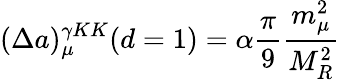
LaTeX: (\Delta a)_{\mu}^{\gamma KK}(d=1)=\alpha\frac{\pi}{9}\frac{m_{\mu}^{2}}{M_{R}^{2}}